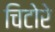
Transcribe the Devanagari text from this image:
चिटोरे